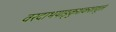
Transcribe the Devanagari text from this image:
वरदाभयाङ्कुशकशाशूलं